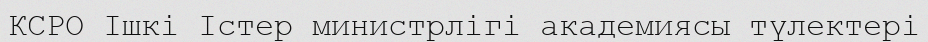
КСРО Ішкі Істер министрлігі академиясы түлектері